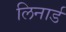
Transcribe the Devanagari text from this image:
लिनार्ड